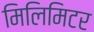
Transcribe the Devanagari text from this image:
मिलिमिटर